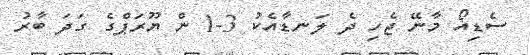
ސެޑިއޯ މާނޭ ޖެހި ދެ ލަނޑާއެކު 3-1 ން ޔޫރަޕްގެ ގަދަ ބާރު